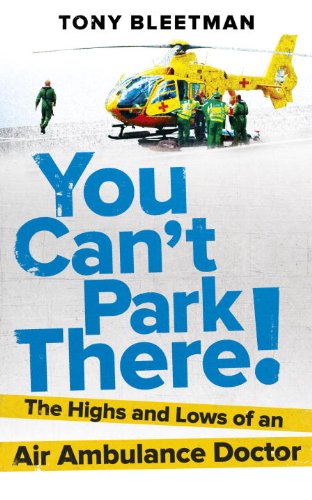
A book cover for You Can't Park There!: The Highs and Lows of an Air Ambulance Doctor; Dr. Tony Bleetman; Medical Books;